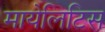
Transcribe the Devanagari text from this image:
मायेलिटिस